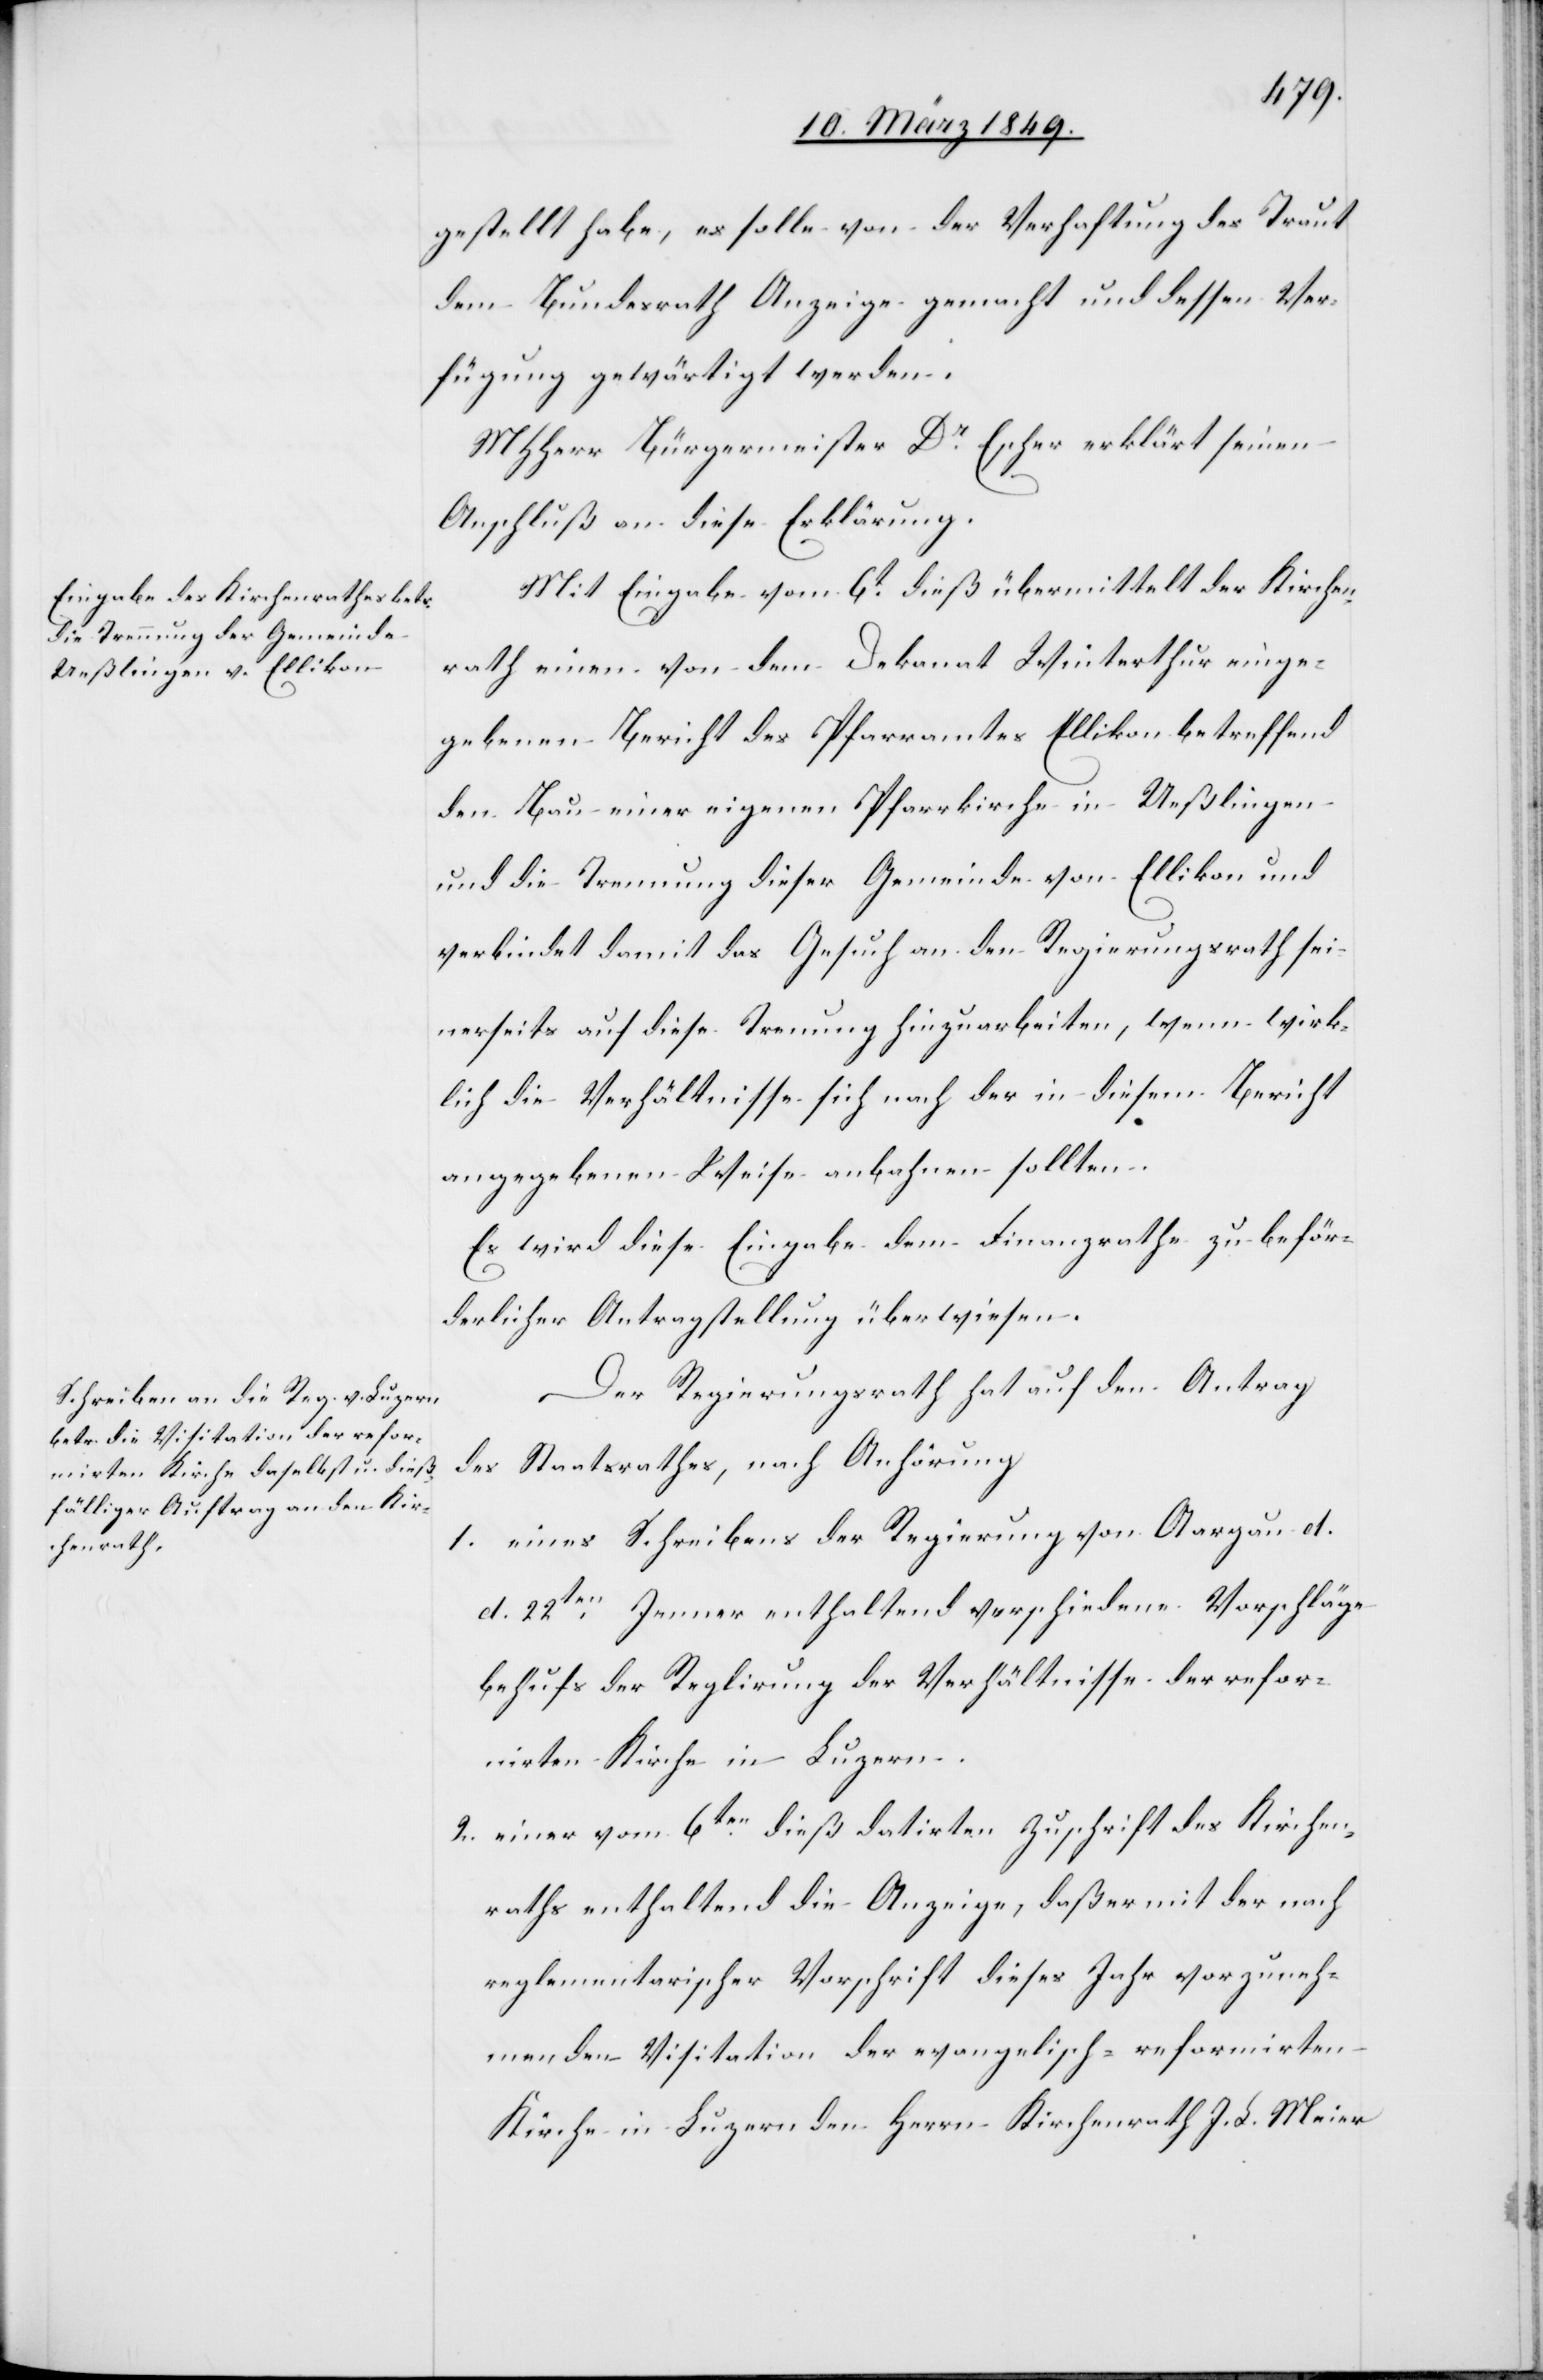
gestellt habe, es solle von der Verhaftung des Traut
dem Bundesrath Anzeige gemacht und dessen Ver¬
fügung gewärtigt werden.
MHHerr Bürgermeister Dr. Escher erklärt seinen
Anschluß an dieser Erklärung.
Mit Eingabe vom 6t. dieß übermittelt der Kirchen¬
rath einen von dem Dekanat Winterthur einge¬
gebenen Bericht des Pfarramtes Ellikon betreffend
den Bau einer eigenen Pfarrkirche in Ueßlingen
und die Trennung dieser Gemeinde von Ellikon und
verbindet damit das Gesuch an den Regierungsrath sei¬
nerseits auf diese Trennung hinzuarbeiten, wenn wirk¬
lich die Verhältnisse sich nach der in diesem Bericht
angegebenen Weise anbahnen sollten.
Es wird diese Eingabe dem Finanzrathe zu beför¬
derlicher Antragstellung überwiesen.
Der Regierungsrath hat auf den Antrag
des Staatsrathes, nach Anhörung
1. eines Schreibens der Regierung von Aargau d.
d. 22ten. Jenner enthaltend verschiedene Vorschläge
behufs der Reglirung der Verhältnisse der refor¬
mirten Kirche in Luzern.
2. einer vom 6ten. dieß datirten Zuschrift des Kirchen¬
raths enthaltend die Anzeige, daß er mit der nach
reglementarischer Vorschrift dieses Jahr vorzuneh¬
menden Visitation der evangelisch-reformirten
Kirche in Luzern den Herrn Kirchenrath J. L. Meier